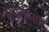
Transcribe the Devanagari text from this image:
संयुक्तपर्ण